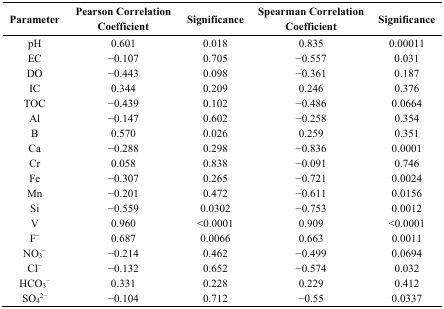
<table><thead><tr><td><b>Parameter</b></td><td><b>Pearson Correlation Coefficient</b></td><td><b>Significance</b></td><td><b>Spearman Correlation Coefficient</b></td><td><b>Significance</b></td></tr></thead><tbody><tr><td>pH</td><td>0.601</td><td>0.018</td><td>0.835</td><td>0.00011</td></tr><tr><td>EC</td><td>−0.107</td><td>0.705</td><td>−0.557</td><td>0.031</td></tr><tr><td>DO</td><td>−0.443</td><td>0.098</td><td>−0.361</td><td>0.187</td></tr><tr><td>IC</td><td>0.344</td><td>0.209</td><td>0.246</td><td>0.376</td></tr><tr><td>TOC</td><td>−0.439</td><td>0.102</td><td>−0.486</td><td>0.0664</td></tr><tr><td>Al</td><td>−0.147</td><td>0.602</td><td>−0.258</td><td>0.354</td></tr><tr><td>B</td><td>0.570</td><td>0.026</td><td>0.259</td><td>0.351</td></tr><tr><td>Ca</td><td>−0.288</td><td>0.298</td><td>−0.836</td><td>0.0001</td></tr><tr><td>Cr</td><td>0.058</td><td>0.838</td><td>−0.091</td><td>0.746</td></tr><tr><td>Fe</td><td>−0.307</td><td>0.265</td><td>−0.721</td><td>0.0024</td></tr><tr><td>Mn</td><td>−0.201</td><td>0.472</td><td>−0.611</td><td>0.0156</td></tr><tr><td>Si</td><td>−0.559</td><td>0.0302</td><td>−0.753</td><td>0.0012</td></tr><tr><td>V</td><td>0.960</td><td>&lt;0.0001</td><td>0.909</td><td>&lt;0.0001</td></tr><tr><td>F<sup>−</sup></td><td>0.687</td><td>0.0066</td><td>0.663</td><td>0.0011</td></tr><tr><td>NO<sub>3</sub><sup>−</sup></td><td>−0.214</td><td>0.462</td><td>−0.499</td><td>0.0694</td></tr><tr><td>Cl<sup>−</sup></td><td>−0.132</td><td>0.652</td><td>−0.574</td><td>0.032</td></tr><tr><td>HCO<sub>3</sub><sup>−</sup></td><td>0.331</td><td>0.228</td><td>0.229</td><td>0.412</td></tr><tr><td>SO<sub>4</sub><sup>2−</sup></td><td>−0.104</td><td>0.712</td><td>−0.55</td><td>0.0337</td></tr></tbody></table>